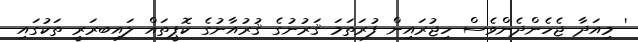
' މިއަދާ ޖެހެންދެންވެސް ހިޖުރައިން ފުރަތަމަ ޤަރުނުގެ ޤުރުއާނުގެ ކޮޕީތައް ލައިބރަރީ ތަކުގައި